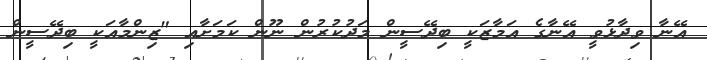
އޭނާ ވިދާޅުވީ އޭނާގެ އަމާޒަކީ ބިދޭސީން މަދުކުރުން ނޫން ކަމަށާއި "ޒިންމާއަކީ ބިދޭސީން